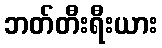
ဘတ်တီးရီးယား